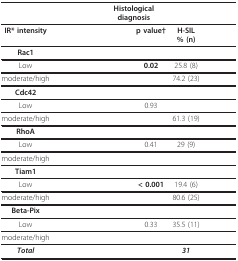
<table><thead><tr><td>[EMPTY_CELL]</td><td>[EMPTY_CELL]</td><td colspan="2"><b>Histological diagnosis</b></td><td>[EMPTY_CELL]</td><td>[EMPTY_CELL]</td></tr></thead><tbody><tr><td><b>IR* intensity</b></td><td>[EMPTY_CELL]</td><td>[EMPTY_CELL]</td><td><b>p value†</b></td><td><b>H-SIL</b><b>% (n)</b></td><td>[EMPTY_CELL]</td></tr><tr><td><b>Rac1</b></td><td>[EMPTY_CELL]</td><td>[EMPTY_CELL]</td><td>[EMPTY_CELL]</td><td>[EMPTY_CELL]</td><td>[EMPTY_CELL]</td></tr><tr><td>Low</td><td>[EMPTY_CELL]</td><td>[EMPTY_CELL]</td><td><b>0.02</b></td><td>25.8 (8)</td><td>[EMPTY_CELL]</td></tr><tr><td>moderate/high</td><td>[EMPTY_CELL]</td><td>[EMPTY_CELL]</td><td>[EMPTY_CELL]</td><td>74.2 (23)</td><td>[EMPTY_CELL]</td></tr><tr><td><b>Cdc42</b></td><td>[EMPTY_CELL]</td><td>[EMPTY_CELL]</td><td>[EMPTY_CELL]</td><td>[EMPTY_CELL]</td><td>[EMPTY_CELL]</td></tr><tr><td>Low</td><td>[EMPTY_CELL]</td><td>[EMPTY_CELL]</td><td>0.93</td><td>[EMPTY_CELL]</td><td>[EMPTY_CELL]</td></tr><tr><td>moderate/high</td><td>[EMPTY_CELL]</td><td>[EMPTY_CELL]</td><td>[EMPTY_CELL]</td><td>61.3 (19)</td><td>[EMPTY_CELL]</td></tr><tr><td><b>RhoA</b></td><td>[EMPTY_CELL]</td><td>[EMPTY_CELL]</td><td>[EMPTY_CELL]</td><td>[EMPTY_CELL]</td><td>[EMPTY_CELL]</td></tr><tr><td>Low</td><td>[EMPTY_CELL]</td><td>[EMPTY_CELL]</td><td>0.41</td><td>29 (9)</td><td>[EMPTY_CELL]</td></tr><tr><td>moderate/high</td><td>[EMPTY_CELL]</td><td>[EMPTY_CELL]</td><td>[EMPTY_CELL]</td><td>[EMPTY_CELL]</td><td>[EMPTY_CELL]</td></tr><tr><td><b>Tiam1</b></td><td>[EMPTY_CELL]</td><td>[EMPTY_CELL]</td><td>[EMPTY_CELL]</td><td>[EMPTY_CELL]</td><td>[EMPTY_CELL]</td></tr><tr><td>Low</td><td>[EMPTY_CELL]</td><td>[EMPTY_CELL]</td><td><b>&lt; 0.001</b></td><td>19.4 (6)</td><td>[EMPTY_CELL]</td></tr><tr><td>moderate/high</td><td>[EMPTY_CELL]</td><td>[EMPTY_CELL]</td><td>[EMPTY_CELL]</td><td>80.6 (25)</td><td>[EMPTY_CELL]</td></tr><tr><td><b>Beta-Pix</b></td><td>[EMPTY_CELL]</td><td>[EMPTY_CELL]</td><td>[EMPTY_CELL]</td><td>[EMPTY_CELL]</td><td>[EMPTY_CELL]</td></tr><tr><td>Low</td><td>[EMPTY_CELL]</td><td>[EMPTY_CELL]</td><td>0.33</td><td>35.5 (11)</td><td>[EMPTY_CELL]</td></tr><tr><td>moderate/high</td><td>[EMPTY_CELL]</td><td>[EMPTY_CELL]</td><td>[EMPTY_CELL]</td><td>[EMPTY_CELL]</td><td>[EMPTY_CELL]</td></tr><tr><td><b><i>Total</i></b></td><td>[EMPTY_CELL]</td><td>[EMPTY_CELL]</td><td>[EMPTY_CELL]</td><td><b><i>31</i></b></td><td>[EMPTY_CELL]</td></tr></tbody></table>